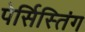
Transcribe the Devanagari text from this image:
पेर्सिस्तिंग